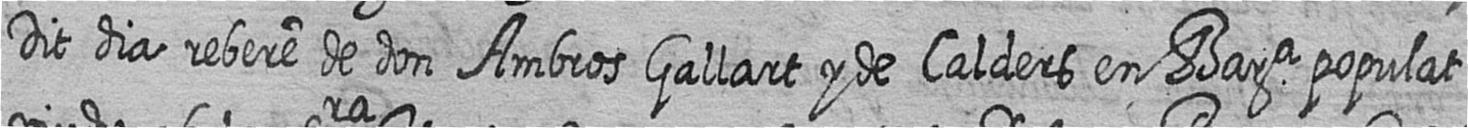
Dit dia rebere de don Ambros Gallart y de Calders en Bara populat